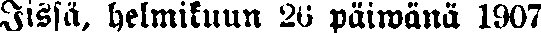
lissä, helmikuun 26 päiwänä 1907